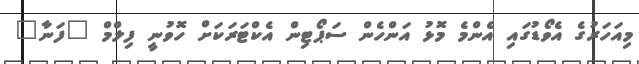
މިއަހަރުގެ އެވޯޑުގައި އެންމެ މޮޅު އަންހެން ސަޕޯޓިން އެކްޓަރަކަށް ހޮވުނީ ފިލްމް "ފަނާ"